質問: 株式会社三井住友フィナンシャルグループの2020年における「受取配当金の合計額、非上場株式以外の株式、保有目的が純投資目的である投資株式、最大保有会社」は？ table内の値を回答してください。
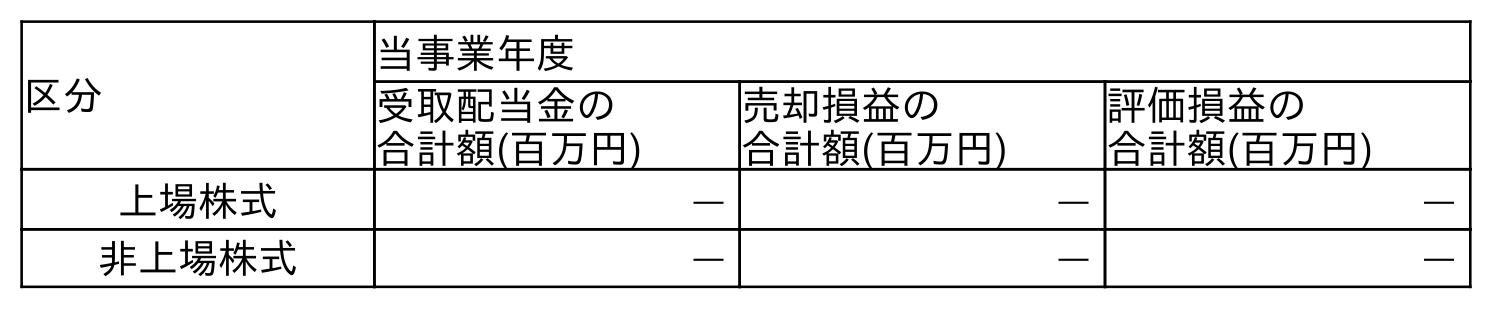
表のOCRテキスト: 区分 当事業年度 受取配当金の 合計額(百万円) 売却損益の 合計額(百万円) 評価損益の 合計額(百万円) 上場株式 ― ― ― 非上場株式 ― ― ―
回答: ―